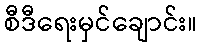
စီဒီရေးမှင်ချောင်း။